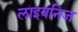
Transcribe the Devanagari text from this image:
लाइवनिज